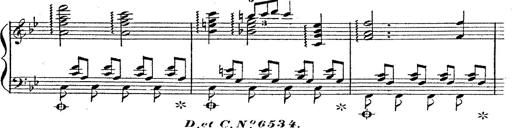
Title: 12 Lieder von Franz Schubert
Composer: Franz Liszt